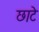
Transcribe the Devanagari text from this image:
छाटे